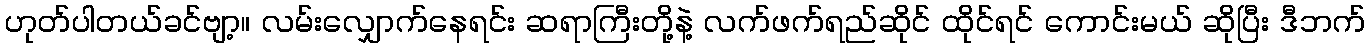
ဟုတ်ပါတယ်ခင်ဗျာ့။ လမ်းလျှောက်နေရင်း ဆရာကြီးတို့နဲ့ လက်ဖက်ရည်ဆိုင် ထိုင်ရင် ကောင်းမယ် ဆိုပြီး ဒီဘက်